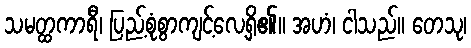
သမတ္ထကာရီ၊ ပြည့်စုံစွာကျင့်လေ့ရှိ၏။ အဟံ၊ ငါသည်။ တေသု၊